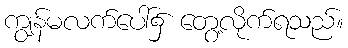
ကျွန်မလက်ပေါ်၌ တွေ့လိုက်ရသည်။